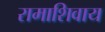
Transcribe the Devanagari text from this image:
रामाशिवाय